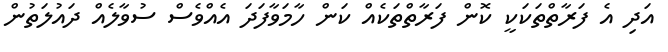
އަދި އެ ފަރާތްތަކަކީ ކޮން ފަރާތްތަކެއް ކަން ހާމަވާފަދަ އެއްވެސް ސުވާލެއް ދައުލަތުން